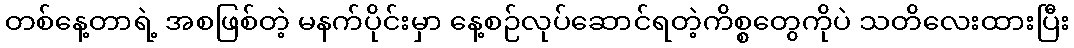
တစ်နေ့တာရဲ့ အစဖြစ်တဲ့ မနက်ပိုင်းမှာ နေ့စဉ်လုပ်ဆောင်ရတဲ့ကိစ္စတွေကိုပဲ သတိလေးထားပြီး